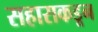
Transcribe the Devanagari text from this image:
सहाराकडून